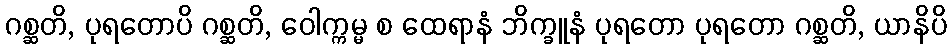
ဂစ္ဆတိ, ပုရတောပိ ဂစ္ဆတိ, ဝေါက္ကမ္မ စ ထေရာနံ ဘိက္ခူနံ ပုရတော ပုရတော ဂစ္ဆတိ, ယာနိပိ